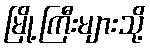
မြို့ကြီးများသို့